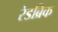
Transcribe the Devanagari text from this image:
रेडब्रिक